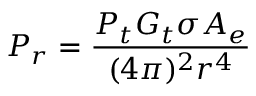
P _ { r } = \frac { P _ { t } G _ { t } \sigma A _ { e } } { ( 4 \pi ) ^ { 2 } r ^ { 4 } }